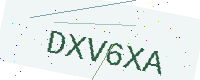
Text: DXV6XA